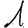
Digit: 1